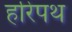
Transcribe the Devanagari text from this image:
हरिंपथ